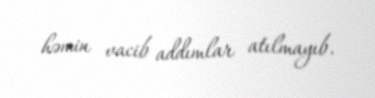
həmin vacib addımlar atılmayıb.